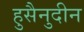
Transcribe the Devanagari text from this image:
हुसैनुदीन